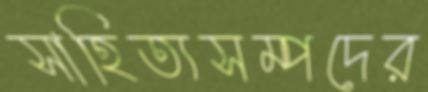
সাহিত্যসম্পদের